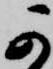
可